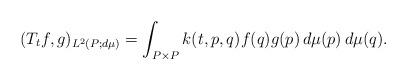
LaTeX: \begin{align*}(T_tf,g)_{L^2(P;d\mu)} = \int_{P\times P} k(t,p,q)f(q)g(p)\,d\mu(p)\,d\mu(q).\end{align*}